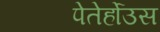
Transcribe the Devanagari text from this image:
पेतेर्होउस